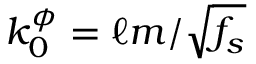
k _ { 0 } ^ { \phi } = \ell m / \sqrt { f _ { s } }